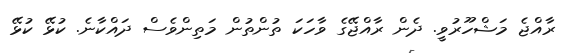
ރާއްޖެ މަޝްހޫރުވީ. ދެން ރާއްޖޭގެ ވާހަކަ ތުންތުން މަތިންވެސް ދައްކާނެ. ކުޅޭ ކުޅޭ